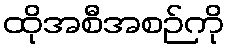
ထိုအစီအစဉ်ကို